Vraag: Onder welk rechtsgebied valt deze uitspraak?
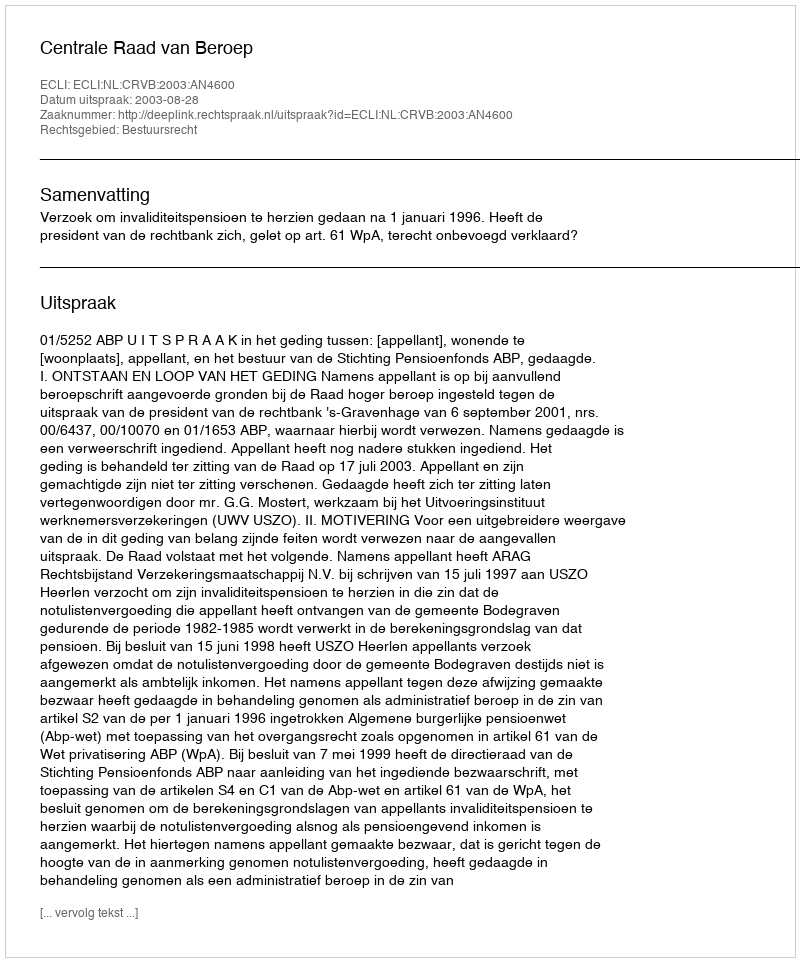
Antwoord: Bestuursrecht